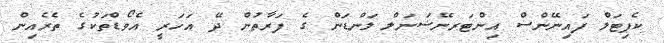
ކެޕިޓަލް ފައިނޭންސް އިންޓަރނޭޝަނަލް ލަންޑަން ގެ ފަރާތުން ދޭ އަހަރީ އެވޯޑްތަކުގެ ތެރެއިން